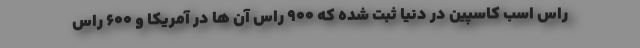
راس اسب کاسپین در دنیا ثبت شده که ۹۰۰ راس آن ها در آمریکا و ۶۰۰ راس